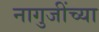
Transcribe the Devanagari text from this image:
नागुजींच्या